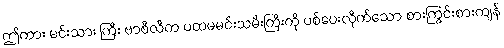
ဤကား မင်းသား ကြီး ဗာစီလီက ပထမမင်းသမီးကြီးကို ပစ်ပေးလိုက်သော စားကြွင်းစားကျန်